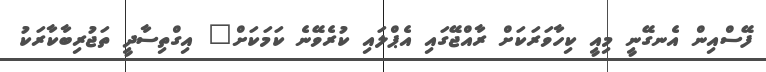
ފޭސްއިން އެނގޭނީ މިއީ ކިހާވަރަކަށް ރާއްޖޭގައި އެޕްލައި ކުރެވޭނެ ކަމަކަށް" އިގްތިސާދީ ތަޖުރިބާކާރަކު